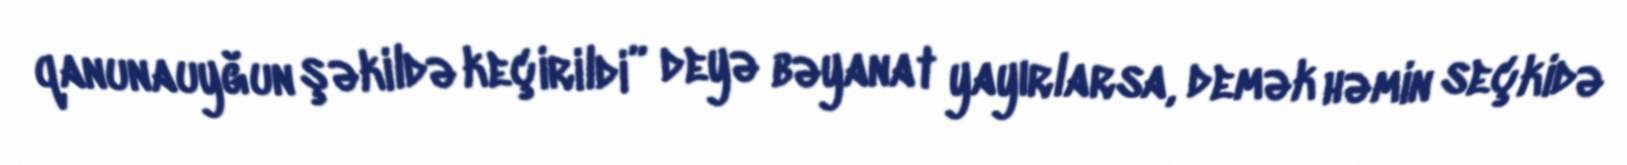
qanunauyğun şəkildə keçirildi” deyə bəyanat yayırlarsa, demək həmin seçkidə